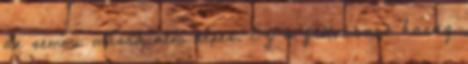
de semmi másra nem képes. Ez a fellobbanó harag